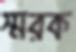
স্মরক